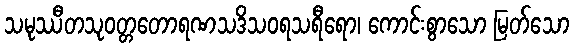
သမုဿီတသုဝတ္တတောရဏသဒိသဝရသရီရော၊ ကောင်းစွာသော မြတ်သော